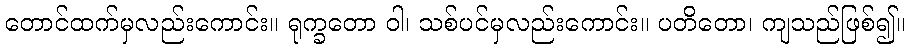
တောင်ထက်မှလည်းကောင်း။ ရုက္ခတော ဝါ၊ သစ်ပင်မှလည်းကောင်း။ ပတိတော၊ ကျသည်ဖြစ်၍။